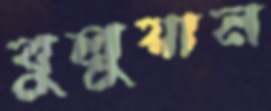
বুলুয়ান